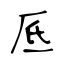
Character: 厎